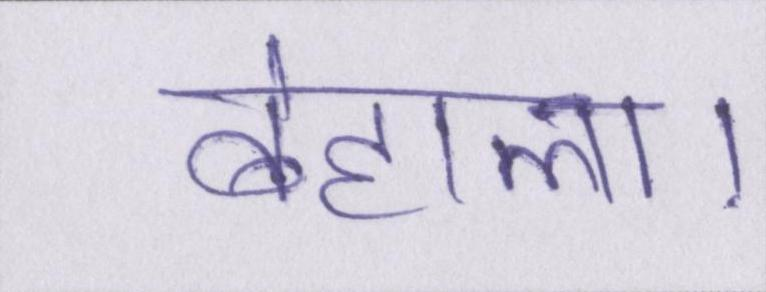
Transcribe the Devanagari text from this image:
बेहाल।